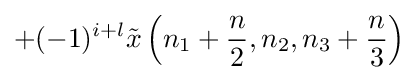
+(-1)^{i+l}{\tilde {x}}\left(n_{1}+{\frac {n}{2}},n_{2},n_{3}+{\frac {n}{3}}\right)